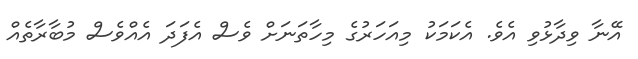
އޭނާ ވިދާޅުވި އެވެ. އެކަމަކު މިއަހަރުގެ މިހާތަނަށް ވެސް އެފަދަ އެއްވެސް މުބާރާތެއް